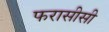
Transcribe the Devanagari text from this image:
फरासीसी